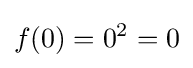
f(0)=0^{2}=0